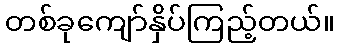
တစ်ခုကျော်နှိပ်ကြည့်တယ်။